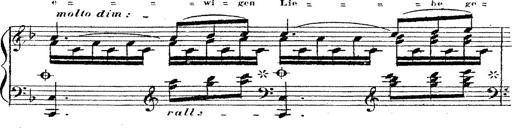
Title: 12 Lieder von Franz Schubert
Composer: Franz Liszt